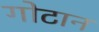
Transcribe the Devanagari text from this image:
गोटान